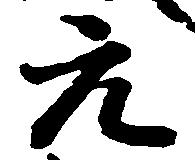
元